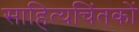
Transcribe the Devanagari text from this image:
साहित्यचिंतकों